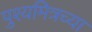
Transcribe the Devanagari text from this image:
पुश्यमित्रच्या